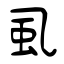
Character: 虱